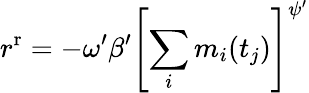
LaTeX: r^{\mathrm{r}}=-\omega^{\prime}\beta^{\prime}\left[\sum_{i}m_{i}(t_{j})\right]^{\psi^{\prime}}